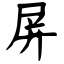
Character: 屏